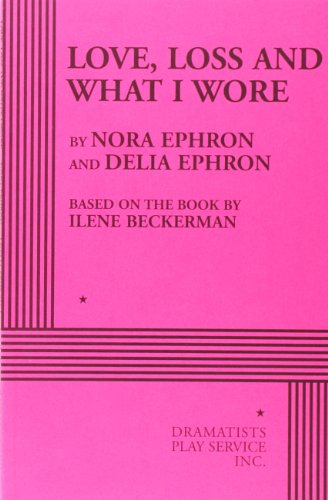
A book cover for Love, Loss and What I Wore - Acting Edition; based on the book by Ilene Beckerman Nora Ephron and Delia Ephron; Literature & Fiction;